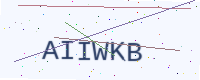
Text: AIIWKB